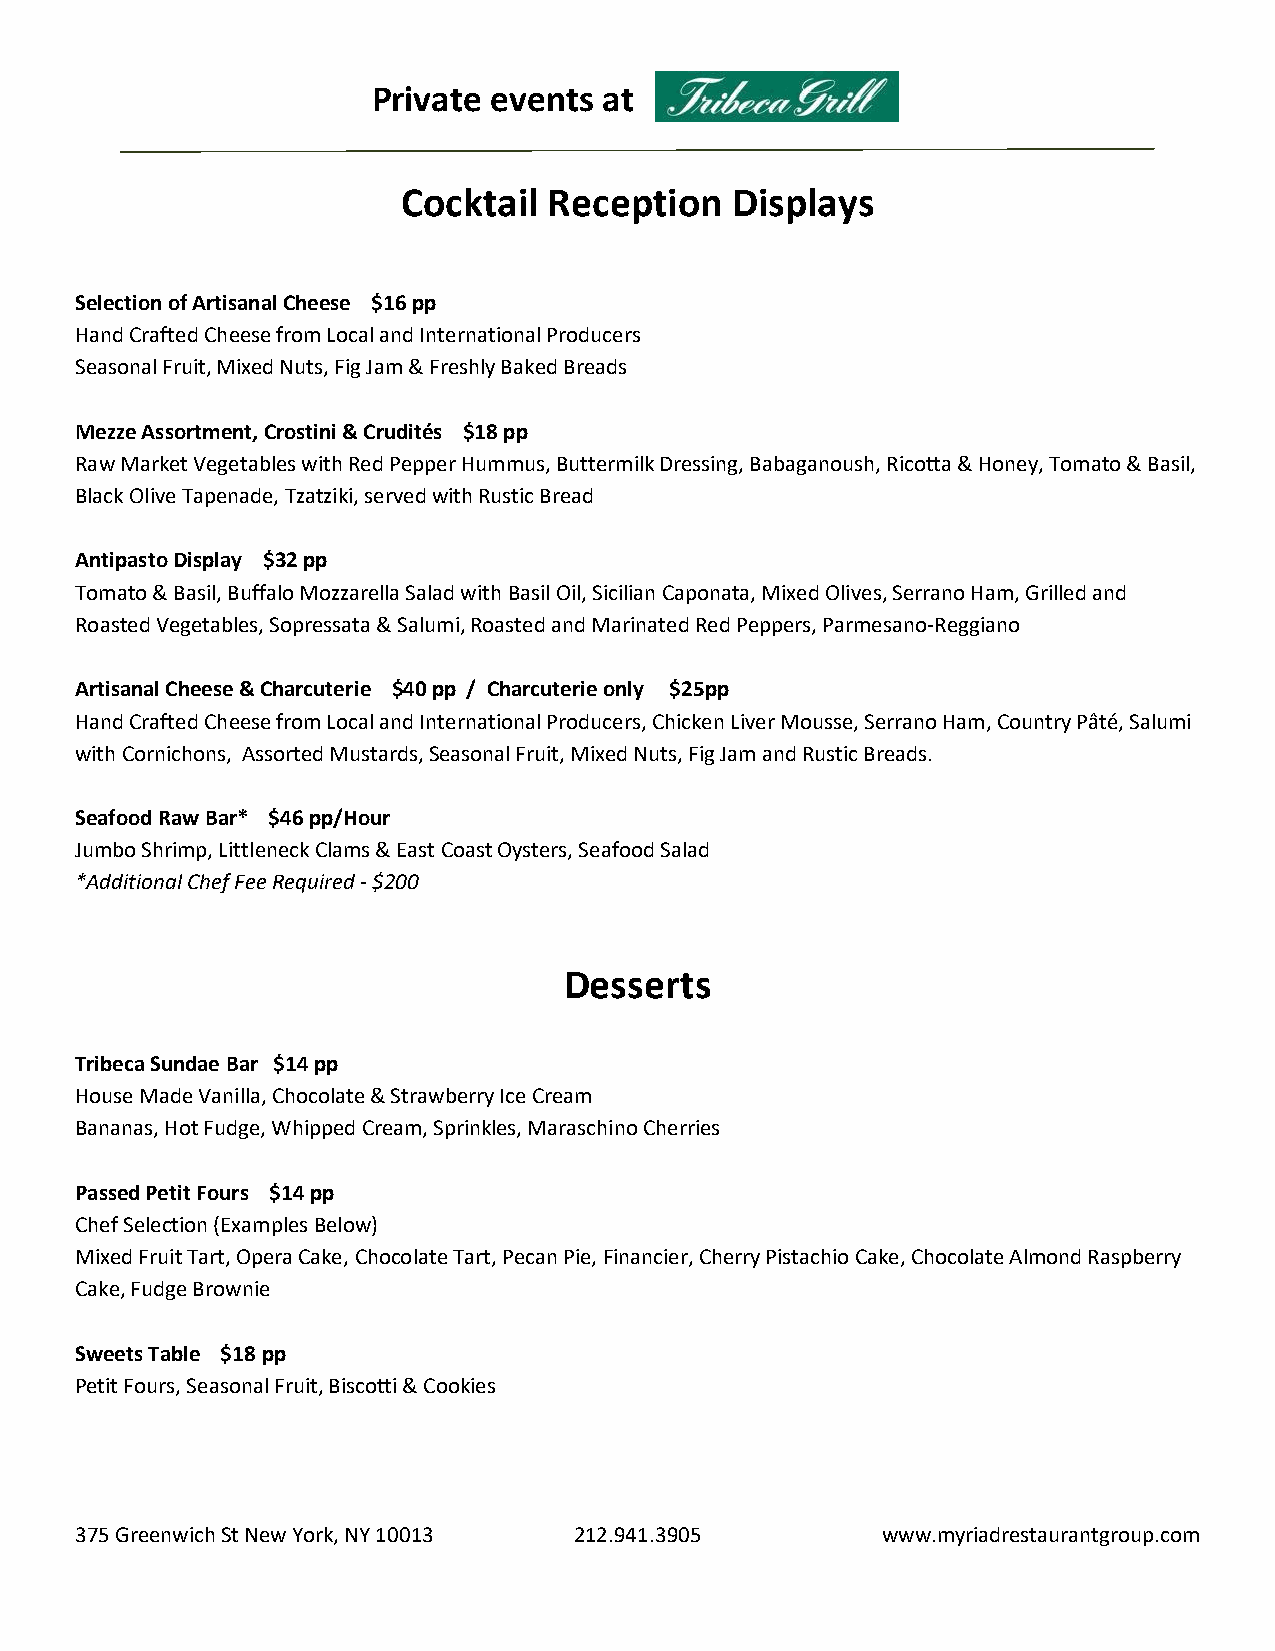
Private events at
 Cocktail Reception   Displays
 Selection of Artisanal Cheese $16 pp
 Hand Crafted Cheese from Local and International Producers
 Seasonal Fruit, Mixed Nuts, Fig Jam & Freshly Baked Breads
 Mezze Assortment, Crostini & Crudités $18 pp
 Raw Market Vegetables with Red Pepper Hummus, Buttermilk Dressing, Babaganoush, Ricotta & Honey, Tomato & Basil,
 Black Olive Tapenade, Tzatziki, served with Rustic Bread
 Antipasto Display $32 pp
 Tomato & Basil, Buffalo Mozzarella Salad with Basil Oil, Sicilian Caponata, Mixed Olives, Serrano Ham, Grilled and
 Roasted Vegetables, Sopressata & Salumi, Roasted and Marinated Red Peppers, Parmesano-Reggiano
 Artisanal Cheese & Charcuterie $40 pp / Charcuterie only $25pp
 Hand Crafted Cheese from Local and International Producers, Chicken Liver Mousse, Serrano Ham, Country Pâté, Salumi
 with Cornichons, Assorted Mustards, Seasonal Fruit, Mixed Nuts, Fig Jam and Rustic Breads.
 Seafood Raw Bar* $46 pp/Hour
 Jumbo Shrimp, Littleneck Clams & East Coast Oysters, Seafood Salad
 *Additional Chef Fee Required - $200
 Desserts
 Tribeca Sundae Bar $14 pp
 House Made Vanilla, Chocolate & Strawberry Ice Cream
 Bananas, Hot Fudge, Whipped Cream, Sprinkles, Maraschino Cherries
 Passed Petit Fours $14 pp
 Chef Selection (Examples Below)
 Mixed Fruit Tart, Opera Cake, Chocolate Tart, Pecan Pie, Financier, Cherry Pistachio Cake, Chocolate Almond Raspberry
 Cake, Fudge Brownie
 Sweets Table $18 pp
 Petit Fours, Seasonal Fruit, Biscotti & Cookies
 375 Greenwich St New York, NY 10013 212.941.3905     www.myriadrestaurantgroup.com